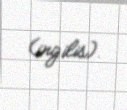
(ingilis).